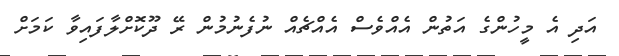
އަދި އެ މީހުންގެ އަތުން އެއްވެސް އެއްޗެއް ނުފެނުމުން ރޭ ދޫކޮށްލާފައިވާ ކަމަށް